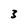
Character: 3